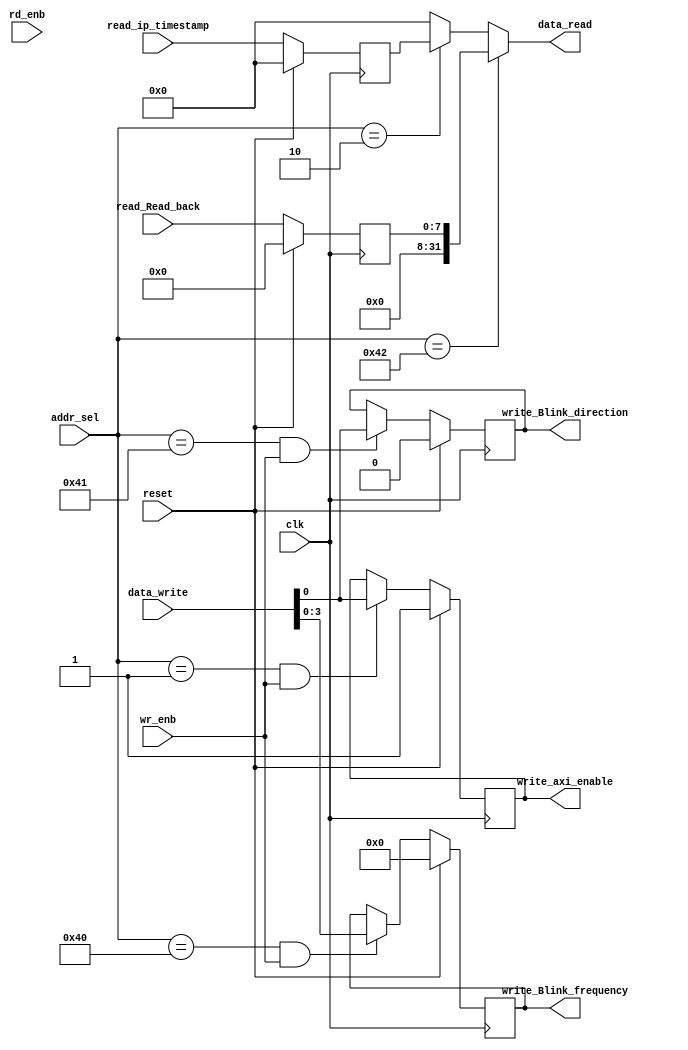
// -------------------------------------------------------------
// 
// 
// Generated by MATLAB 9.8 and HDL Coder 3.16
// 
// -------------------------------------------------------------


// -------------------------------------------------------------
// 
// Module: led_count_ip_addr_decoder
// Source Path: led_count_ip/led_count_ip_axi_lite/led_count_ip_addr_decoder
// Hierarchy Level: 2
// 
// -------------------------------------------------------------

`timescale 1 ns / 1 ns

module led_count_ip_addr_decoder
          (clk,
           reset,
           data_write,
           addr_sel,
           wr_enb,
           rd_enb,
           read_ip_timestamp,
           read_Read_back,
           data_read,
           write_axi_enable,
           write_Blink_frequency,
           write_Blink_direction);


  input   clk;
  input   reset;
  input   [31:0] data_write;  // ufix32
  input   [13:0] addr_sel;  // ufix14
  input   wr_enb;  // ufix1
  input   rd_enb;  // ufix1
  input   [31:0] read_ip_timestamp;  // ufix32
  input   [7:0] read_Read_back;  // ufix8
  output  [31:0] data_read;  // ufix32
  output  write_axi_enable;  // ufix1
  output  [3:0] write_Blink_frequency;  // ufix4
  output  write_Blink_direction;  // ufix1


  wire enb;
  wire decode_sel_ip_timestamp_1_1;  // ufix1
  wire const_1;  // ufix1
  wire decode_sel_Read_back_1_1;  // ufix1
  wire [31:0] const_0;  // ufix32
  reg [31:0] read_reg_ip_timestamp;  // ufix32
  wire [31:0] decode_rd_ip_timestamp_1_1;  // ufix32
  reg [7:0] read_reg_Read_back;  // ufix8
  wire [31:0] data_slice_Read_back_1;  // ufix32
  wire [31:0] decode_rd_Read_back_1_1;  // ufix32
  wire decode_sel_axi_enable_1_1;  // ufix1
  wire reg_enb_axi_enable_1_1;  // ufix1
  wire data_in_axi_enable;  // ufix1
  reg  data_reg_axi_enable_1_1;  // ufix1
  wire write_concats_axi_enable_1;  // ufix1
  wire decode_sel_Blink_frequency_1_1;  // ufix1
  wire reg_enb_Blink_frequency_1_1;  // ufix1
  wire [3:0] data_in_Blink_frequency;  // ufix4
  reg [3:0] data_reg_Blink_frequency_1_1;  // ufix4
  wire decode_sel_Blink_direction_1_1;  // ufix1
  wire reg_enb_Blink_direction_1_1;  // ufix1
  wire data_in_Blink_direction;  // ufix1
  reg  data_reg_Blink_direction_1_1;  // ufix1
  wire write_concats_Blink_direction_1;  // ufix1


  assign decode_sel_ip_timestamp_1_1 = addr_sel == 14'b00000000000010;



  assign const_1 = 1'b1;



  assign enb = const_1;

  assign decode_sel_Read_back_1_1 = addr_sel == 14'b00000001000010;



  assign const_0 = 32'b00000000000000000000000000000000;



  always @(posedge clk)
    begin : reg_ip_timestamp_process
      if (reset == 1'b1) begin
        read_reg_ip_timestamp <= 32'b00000000000000000000000000000000;
      end
      else begin
        if (enb) begin
          read_reg_ip_timestamp <= read_ip_timestamp;
        end
      end
    end



  assign decode_rd_ip_timestamp_1_1 = (decode_sel_ip_timestamp_1_1 == 1'b0 ? const_0 :
              read_reg_ip_timestamp);



  always @(posedge clk)
    begin : reg_Read_back_process
      if (reset == 1'b1) begin
        read_reg_Read_back <= 8'b00000000;
      end
      else begin
        if (enb) begin
          read_reg_Read_back <= read_Read_back;
        end
      end
    end



  assign data_slice_Read_back_1 = {24'b0, read_reg_Read_back};



  assign decode_rd_Read_back_1_1 = (decode_sel_Read_back_1_1 == 1'b0 ? decode_rd_ip_timestamp_1_1 :
              data_slice_Read_back_1);



  assign data_read = decode_rd_Read_back_1_1;

  assign decode_sel_axi_enable_1_1 = addr_sel == 14'b00000000000001;



  assign reg_enb_axi_enable_1_1 = decode_sel_axi_enable_1_1 & wr_enb;



  assign data_in_axi_enable = data_write[0];



  always @(posedge clk)
    begin : reg_axi_enable_1_1_process
      if (reset == 1'b1) begin
        data_reg_axi_enable_1_1 <= 1'b1;
      end
      else begin
        if (enb && reg_enb_axi_enable_1_1) begin
          data_reg_axi_enable_1_1 <= data_in_axi_enable;
        end
      end
    end



  assign write_concats_axi_enable_1 = data_reg_axi_enable_1_1;



  assign write_axi_enable = write_concats_axi_enable_1;

  assign decode_sel_Blink_frequency_1_1 = addr_sel == 14'b00000001000000;



  assign reg_enb_Blink_frequency_1_1 = decode_sel_Blink_frequency_1_1 & wr_enb;



  assign data_in_Blink_frequency = data_write[3:0];



  always @(posedge clk)
    begin : reg_Blink_frequency_1_1_process
      if (reset == 1'b1) begin
        data_reg_Blink_frequency_1_1 <= 4'b0000;
      end
      else begin
        if (enb && reg_enb_Blink_frequency_1_1) begin
          data_reg_Blink_frequency_1_1 <= data_in_Blink_frequency;
        end
      end
    end



  assign write_Blink_frequency = data_reg_Blink_frequency_1_1;

  assign decode_sel_Blink_direction_1_1 = addr_sel == 14'b00000001000001;



  assign reg_enb_Blink_direction_1_1 = decode_sel_Blink_direction_1_1 & wr_enb;



  assign data_in_Blink_direction = data_write[0];



  always @(posedge clk)
    begin : reg_Blink_direction_1_1_process
      if (reset == 1'b1) begin
        data_reg_Blink_direction_1_1 <= 1'b0;
      end
      else begin
        if (enb && reg_enb_Blink_direction_1_1) begin
          data_reg_Blink_direction_1_1 <= data_in_Blink_direction;
        end
      end
    end



  assign write_concats_Blink_direction_1 = data_reg_Blink_direction_1_1;



  assign write_Blink_direction = write_concats_Blink_direction_1;

endmodule  // led_count_ip_addr_decoder